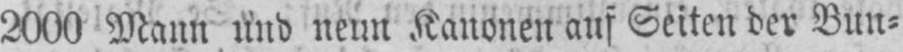
2000 Mann und neun Kanonen auf Seiten der Bun⸗